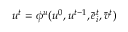
u ^ { t } = \phi ^ { u } ( u ^ { 0 } , u ^ { t - 1 } , \Bar { e } _ { i } ^ { t } , \Bar { v } ^ { t } )